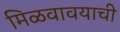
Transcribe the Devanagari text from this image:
मिळवावयाची